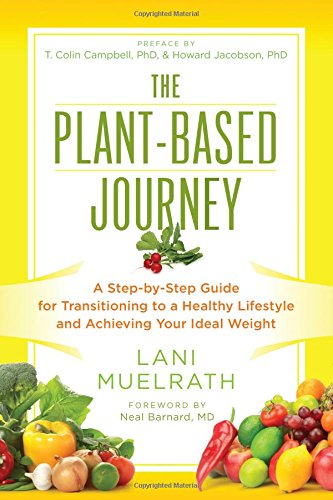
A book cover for The Plant-Based Journey: A Step-by-Step Guide for Transitioning to a Healthy Lifestyle and Achieving Your Ideal Weight; Lani Muelrath; Cookbooks, Food & Wine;